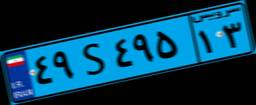
۴۹S۴۹۵۱۳